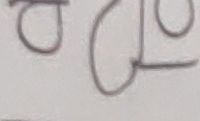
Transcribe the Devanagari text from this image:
पठल